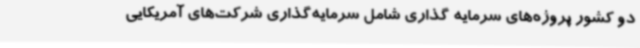
دو کشور پروژه‌های سرمایه‌ گذاری شامل سرمایه‌گذاری شرکت‌های آمریکایی